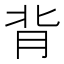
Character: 背